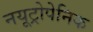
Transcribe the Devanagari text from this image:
नयूट्रोपेनिक